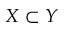
X \subset Y